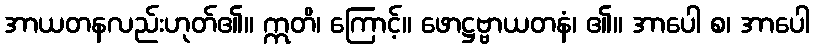
အာယတနလည်းဟုတ်၏။ ဣတိ၊ ကြောင့်။ ဖောဋ္ဌဗ္ဗာယတနံ၊ ၏။ အာပေါ စ၊ အာပေါ